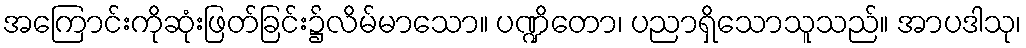
အကြောင်းကိုဆုံးဖြတ်ခြင်း၌လိမ်မာသော။ ပဏ္ဍိတော၊ ပညာရှိသောသူသည်။ အာပဒါသု၊